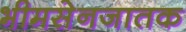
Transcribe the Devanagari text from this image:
भीमसेनजातक